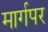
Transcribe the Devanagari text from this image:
मार्गपर